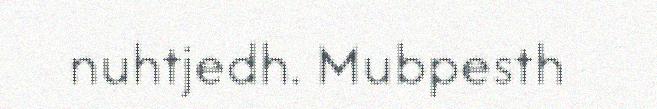
nuhtjedh. Mubpesth